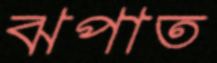
ঝপাত